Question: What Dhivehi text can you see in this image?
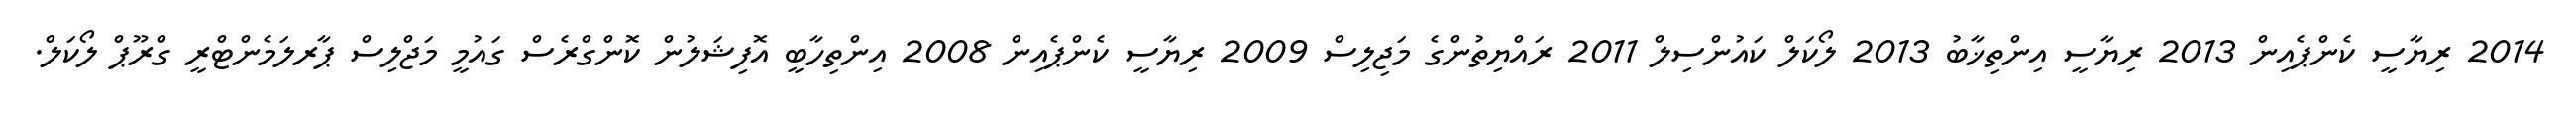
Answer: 2014 ރިޔާސީ ކެންޕެއިން 2013 ރިޔާސީ އިންތިޚާބު 2013 ލޯކަލް ކައުންސިލް 2011 ރައްޔިތުންގެ މަޖިލިސް 2009 ރިޔާސީ ކެންޕެއިން 2008 އިންތިހާބީ އޮފިޝަލުން ކޮންގްރެސް ގައުމީ މަޖްލިސް ޕާރލަމެންޓްރީ ގްރޫޕް ލޯކަލް.